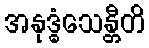
အနုဒ္ဓံသေန္တီတိ